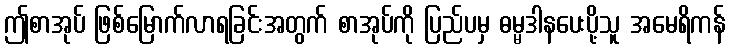
ဤစာအုပ် ဖြစ်မြောက်လာရခြင်းအတွက် စာအုပ်ကို ပြည်ပမှ ဓမ္မဒါနပေးပို့သူ အမေရိကန်